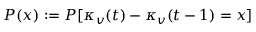
P ( x ) : = P [ \kappa _ { v } ( t ) - \kappa _ { v } ( t - 1 ) = x ]